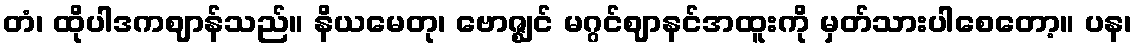
တံ၊ ထိုပါဒကဈာန်သည်။ နိယမေတု၊ ဗောဇ္ဈင် မဂ္ဂင်ဈာနင်အထူးကို မှတ်သားပါစေတော့။ ပန၊